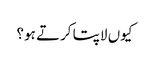
کیوں لاپتا کرتے ہو؟